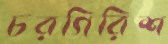
চরগিরিশ